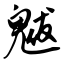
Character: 魃